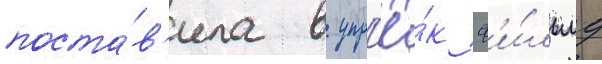
поста́в'ила в упр'ё́к ф'и́льму